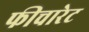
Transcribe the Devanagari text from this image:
फीचारेट